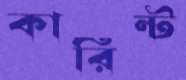
কারিন্ট